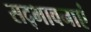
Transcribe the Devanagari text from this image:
सद्भावनाएं